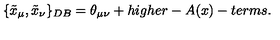
\{ \tilde { x } _ { \mu } , \tilde { x } _ { \nu } \} _ { D B } = \theta _ { \mu \nu } + h i g h e r - A ( x ) - t e r m s .